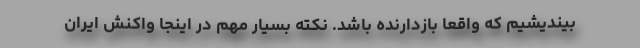
بیندیشیم که واقعاً بازدارنده باشد. نکته بسیار مهم در اینجا واکنش ایران